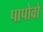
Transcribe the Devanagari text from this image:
पापोवो